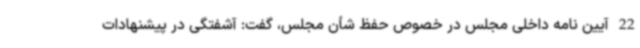
22 آیین نامه داخلی مجلس در خصوص حفظ شأن مجلس، گفت: آشفتگی در پیشنهادات